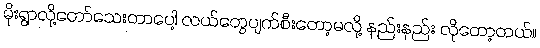
မိုးရွာလို့တော်သေးတာပေါ့ လယ်တွေပျက်စီးတော့မလို့ နည်းနည်း လိုတော့တယ်။